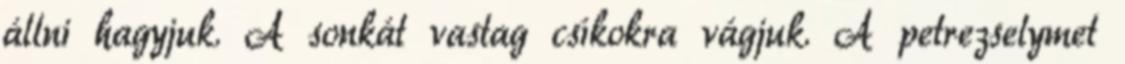
állni hagyjuk. A sonkát vastag csíkokra vágjuk. A petrezselymet